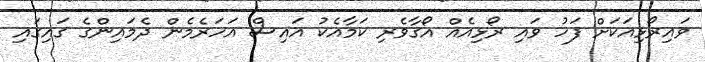
ވައިރޯޅިއަކަށް ފަހު ވައި ރޯޅިއެއް އޯގާވެރި ކަމާއެކު އައިސް އަހަރެމެން ދެމައިންގެ ގައިގައި